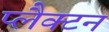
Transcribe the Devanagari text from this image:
प्लैक्टन